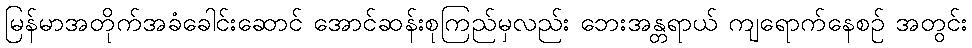
မြန်မာအတိုက်အခံခေါင်းဆောင် အောင်ဆန်းစုကြည်မှလည်း ဘေးအန္တရာယ် ကျရောက်နေစဉ် အတွင်း